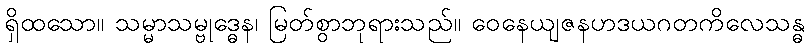
ရှိထသော။ သမ္မာသမ္ဗုဒ္ဓေန၊ မြတ်စွာဘုရားသည်။ ဝေနေယျဇနဟဒယဂတကိလေသန္ဓ